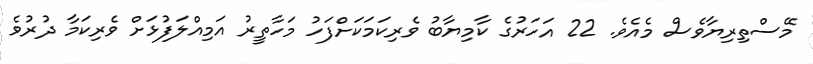
މޭސްތިރިޔާވެސް މެއެވެ. 22 އަހަރުގެ ކާމިޔާބު ވެރިކަމަކަށްފަހު މަހާތީރު އަމިއްލަފުޅަށް ވެރިކަމާ ދުރުވެ